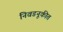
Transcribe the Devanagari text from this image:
निवडनूकीत